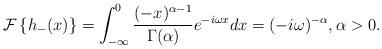
LaTeX: \begin{align*}\mathcal{F}\left\{ h_{-}(x)\right\} =\int_{-\infty}^{0}\frac{(-x)^{\alpha-1}}{\Gamma(\alpha)}e^{-i\omega x}dx=(-i\omega)^{-\alpha},\alpha>0.\end{align*}